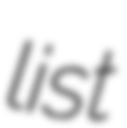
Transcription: list